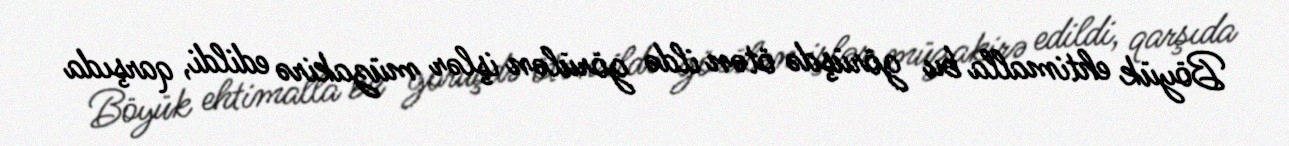
Böyük ehtimalla bu görüşdə ötən ildə görülən işlər müzakirə edildi, qarşıda